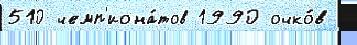
510 чемп'иона́тов 1990 очко́в